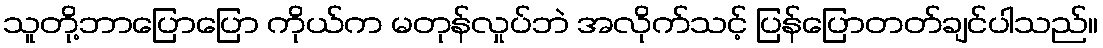
သူတို့ဘာပြောပြော ကိုယ်က မတုန်လှုပ်ဘဲ အလိုက်သင့် ပြန်ပြောတတ်ချင်ပါသည်။